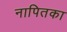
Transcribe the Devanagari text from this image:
नापितका